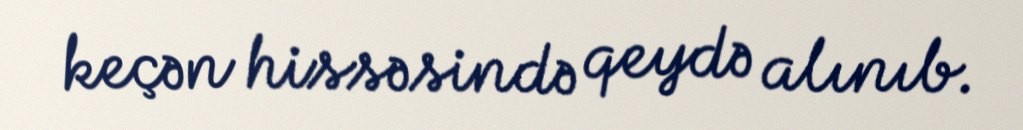
keçən hissəsində qeydə alınıb.